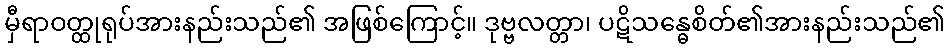
မှီရာဝတ္ထုရုပ်အားနည်းသည်၏ အဖြစ်ကြောင့်။ ဒုဗ္ဗလတ္တာ၊ ပဋိသန္ဓေစိတ်၏အားနည်းသည်၏